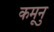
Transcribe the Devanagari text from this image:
कमूनु